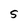
Character: S